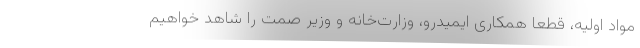
مواد اولیه، قطعا همکاری ایمیدرو، وزارت‌خانه و وزیر صمت را شاهد خواهیم